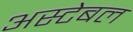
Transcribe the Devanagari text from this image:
अस्टेबल